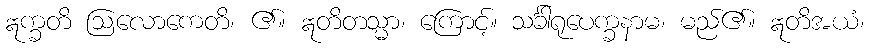
ဣက္ခတိ ဩလောကေတိ၊ ၏။ ဣတိတသ္မာ၊ ကြောင့်။ သင်္ခါရုပေက္ခနာမ၊ မည်၏။ ဣတိအယံ၊